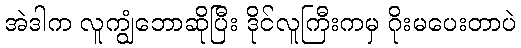
အဲဒါက လူကျွံဘောဆိုပြီး ဒိုင်လူကြီးကမှ ဂိုးမပေးတာပဲ